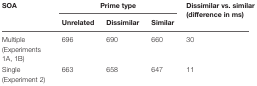
<table><thead><tr><td><b>SOA</b></td><td colspan="3"><b>Prime type</b></td><td><b>Dissimilar vs. similar (difference in ms)</b></td></tr><tr><td></td><td><b>Unrelated</b></td><td><b>Dissimilar</b></td><td><b>Similar</b></td><td></td></tr></thead><tbody><tr><td>Multiple (Experiments 1A, 1B)</td><td>696</td><td>690</td><td>660</td><td>30</td></tr><tr><td>Single (Experiment 2)</td><td>663</td><td>658</td><td>647</td><td>11</td></tr></tbody></table>